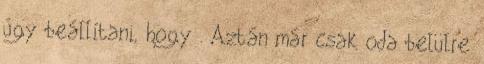
úgy beállítani, hogy . Aztán már csak oda belülre